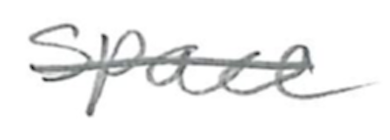
Text: space
Cross-out: single-line
Writing tool: pencil